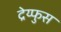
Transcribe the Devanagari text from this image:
द्रेय्फुस